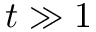
t \gg 1